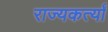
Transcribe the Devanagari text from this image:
राज्यकर्त्यां